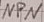
Text: NPN